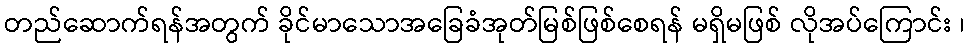
တည်ဆောက်ရန်အတွက် ခိုင်မာသောအခြေခံအုတ်မြစ်ဖြစ်စေရန် မရှိမဖြစ် လိုအပ်ကြောင်း ၊